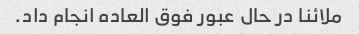
ملائنا در حال عبور فوق العاده انجام داد.